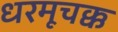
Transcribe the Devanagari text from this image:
धरमूचक्क